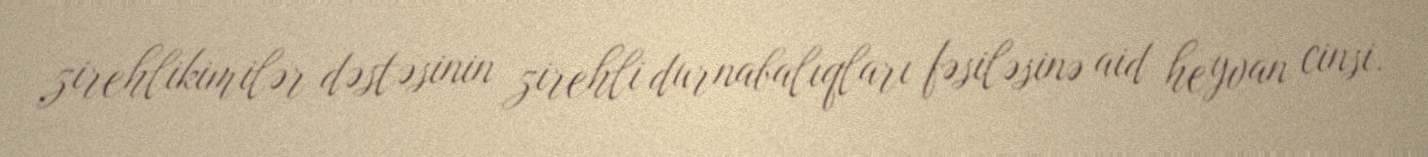
zirehlikimilər dəstəsinin zirehli durnabalıqları fəsiləsinə aid heyvan cinsi.